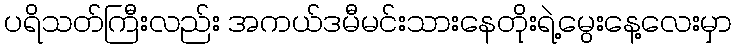
ပရိသတ်ကြီးလည်း အကယ်ဒမီမင်းသားနေတိုးရဲ့မွေးနေ့လေးမှာ